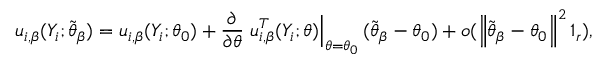
\boldsymbol { u } _ { i , \beta } ( Y _ { i } ; \widetilde { \boldsymbol { \theta } } _ { \beta } ) = \boldsymbol { u } _ { i , \beta } ( Y _ { i } ; \boldsymbol { \theta } _ { 0 } ) + \frac { \partial } { \partial \boldsymbol { \theta } } \left. \boldsymbol { u } _ { i , \boldsymbol { \beta } } ^ { T } ( Y _ { i } ; \boldsymbol { \theta } ) \right\vert _ { \boldsymbol { \theta = \theta } _ { 0 } } ( \widetilde { \boldsymbol { \theta } } _ { \beta } - \boldsymbol { \theta } _ { 0 } ) + o ( \left\Vert \widetilde { \boldsymbol { \theta } } _ { \beta } - \boldsymbol { \theta } _ { 0 } \right\Vert ^ { 2 } \boldsymbol { 1 } _ { r } ) ,